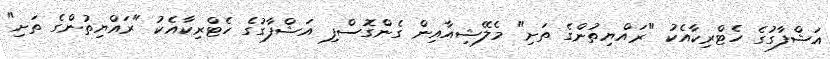
އަޝްފާގުގެ ހެޓްރިކާއެކު "ރައްޔިތުންގެ ތަށި" މެލޭޝިއާއިން ގެންގޮސްފި އަޝްފާގުގެ ހެޓްރިކާއެކު "ރައްޔިތުންގެ ތަށި"